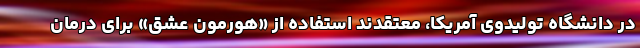
در دانشگاه تولیدوی آمریکا، معتقدند استفاده از «هورمون عشق» برای درمان